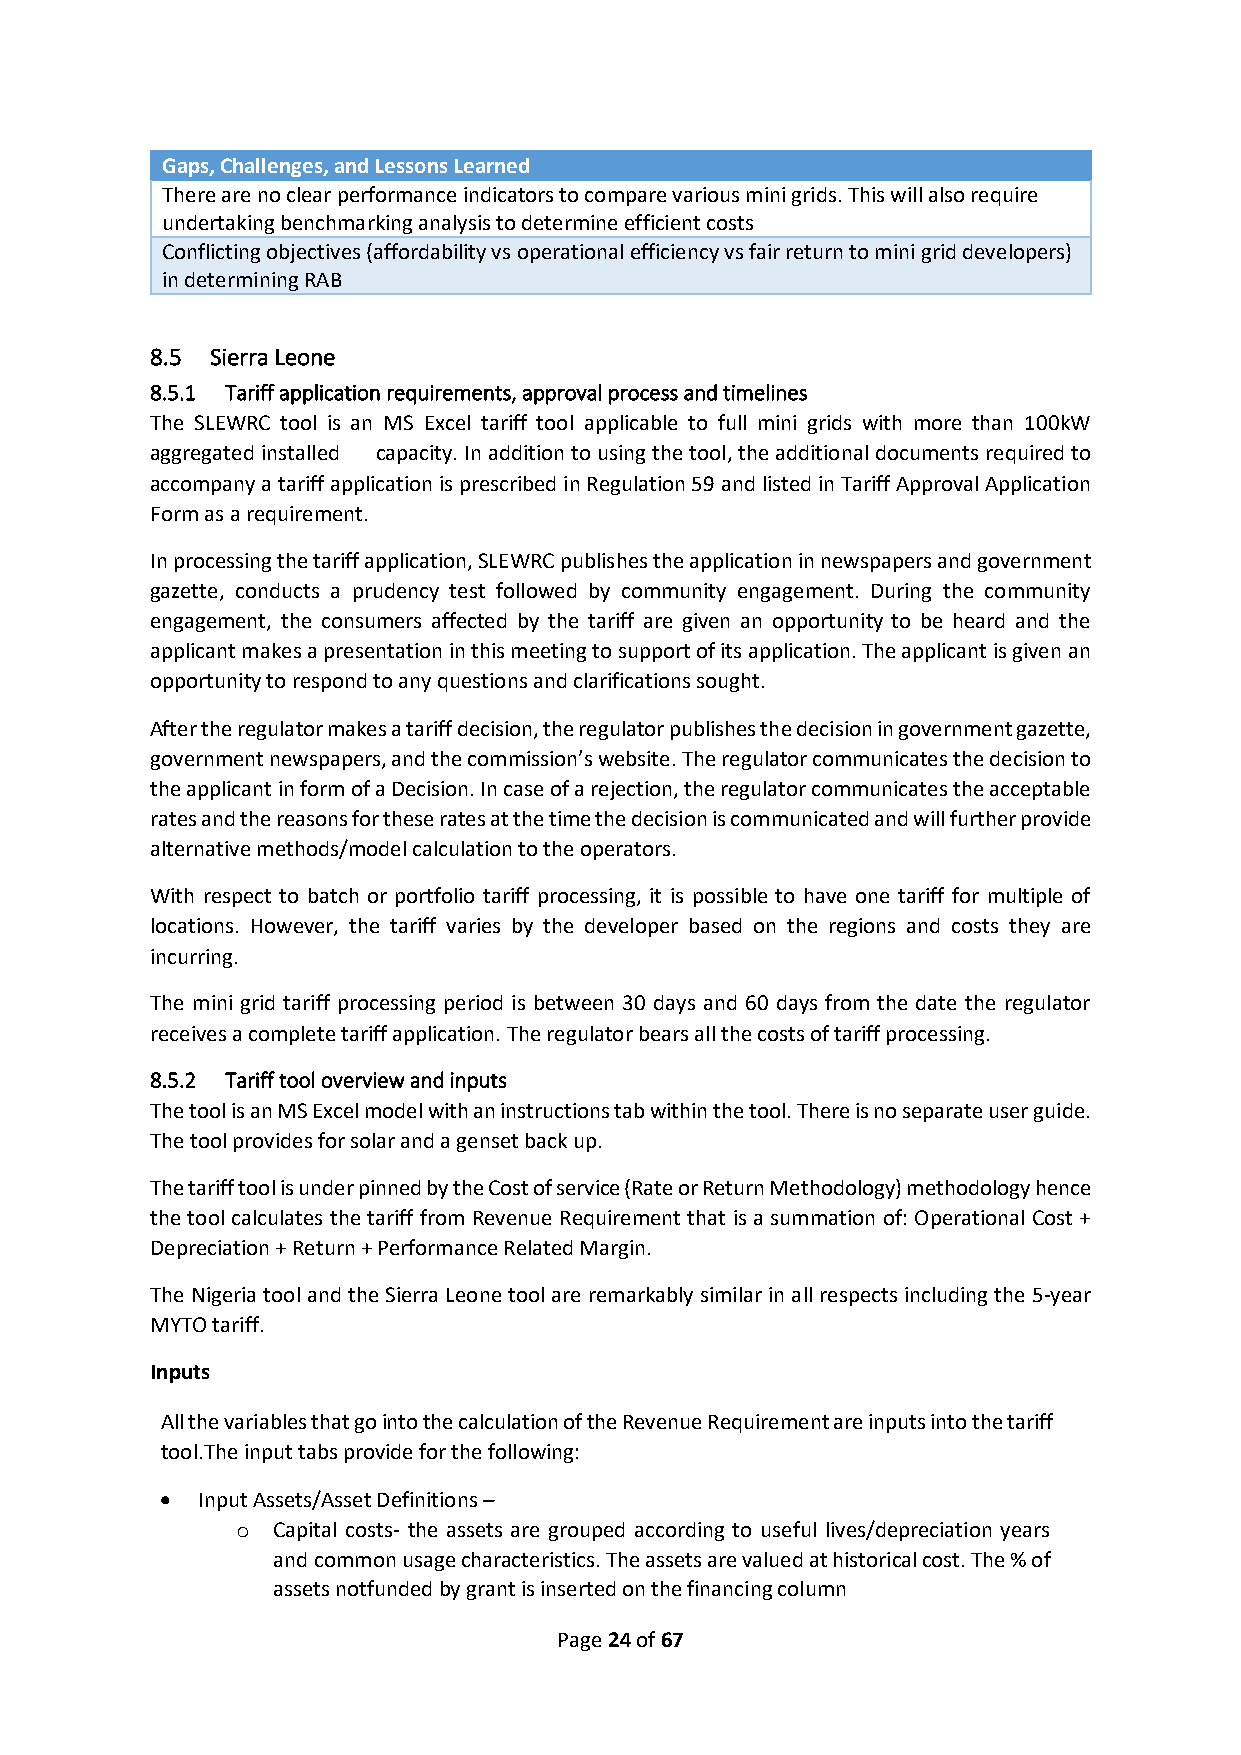
Gaps, Challenges, and Lessons Learned
 There are no clear performance indicators to compare various mini grids. This will also require
 undertaking benchmarking analysis to determine efficient costs
 Conflicting objectives (affordability vs operational efficiency vs fair return to mini grid developers)
 in determining RAB
 8.5 Sierra Leone
 8.5.1 Tariff application requirements, approval process and timelines
 The SLEWRC tool is an MS Excel tariff tool applicable to full mini grids with more than 100kW
 aggregated installed capacity. In addition to using the tool, the additional documents required to
 accompany a tariff application is prescribed in Regulation 59 and listed in Tariff Approval Application
 Form as a requirement.
 In processing the tariff application, SLEWRC publishes the application in newspapers and government
 gazette, conducts a prudency test followed by community engagement. During the community
 engagement, the consumers affected by the tariff are given an opportunity to be heard and the
 applicant makes a presentation in this meeting to support of its application. The applicant is given an
 opportunity to respond to any questions and clarifications sought.
 After the regulator makes a tariff decision, the regulator publishes the decision in government gazette,
 government newspapers, and the commission’s website. The regulator communicates the decision to
 the applicant in form of a Decision. In case of a rejection, the regulator communicates the acceptable
 rates and the reasons for these rates at the time the decision is communicated and will further provide
 alternative methods/model calculation to the operators.
 With respect to batch or portfolio tariff processing, it is possible to have one tariff for multiple of
 locations. However, the tariff varies by the developer based on the regions and costs they are
 incurring.
 The mini grid tariff processing period is between 30 days and 60 days from the date the regulator
 receives a complete tariff application. The regulator bears all the costs of tariff processing.
 8.5.2 Tariff tool overview and inputs
 The tool is an MS Excel model with an instructions tab within the tool. There is no separate user guide.
 The tool provides for solar and a genset back up.
 The tariff tool is under pinned by the Cost of service (Rate or Return Methodology) methodology hence
 the tool calculates the tariff from Revenue Requirement that is a summation of: Operational Cost +
 Depreciation + Return + Performance Related Margin.
 The Nigeria tool and the Sierra Leone tool are remarkably similar in all respects including the 5-year
 MYTO tariff.
 Inputs
 All the variables that go into the calculation of the Revenue Requirement are inputs into the tariff
 tool. The input tabs provide for the following:
 • Input Assets/Asset Definitions –
 o Capital costs- the assets are grouped according to useful lives/depreciation years
 and common usage characteristics. The assets are valued at historical cost. The % of
 assets not funded by grant is inserted on the financing column
 Page 24 of 67